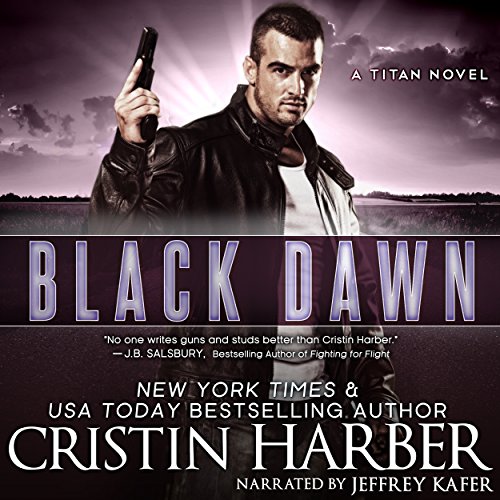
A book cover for Black Dawn: Titan, Book 6; Cristin Harber; Romance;